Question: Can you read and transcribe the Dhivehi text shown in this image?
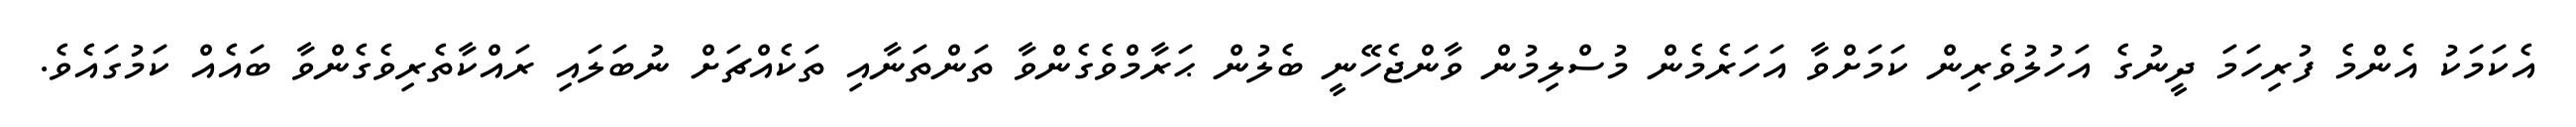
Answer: އެކަމަކު އެންމެ ފުރިހަމަ ދީނުގެ އަހުލުވެރިން ކަމަށްވާ އަހަރެމެން މުސްލިމުން ވާންޖެހޭނީ ބެލުން ޙަރާމްވެގެންވާ ތަންތަނާއި ތަކެއްޗަށް ނުބަލައި ރައްކާތެރިވެގެންވާ ބައެއް ކަމުގައެވެ.